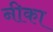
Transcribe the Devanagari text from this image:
नीका